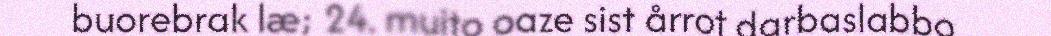
buorebrak læ; 24. muito oaze sist årrot darbaslabbo